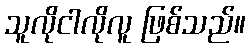
သူလိုငါလိုလူ ဖြစ်သည်။